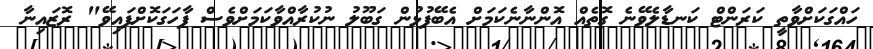
ހައްގަކަށްވާތީ ކަރަންޓް ކަނޑާލެވޭނެ ގޮތެއް އޮންނާނެކަމަށް އެބޭފުޅުން ގަބޫލު ނުކުރާއްވާކަމަށްވެސް ފާހަގަކޮށްފައިވޭ" ރޮޒައިނާ